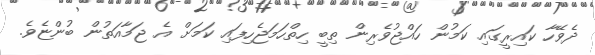
ދެވޭހާ ކައިރީގައި ކަމުން ހައްޖުވެރިން ތިބީ ހިތްހަމަޖެހިފައި ކަމަށް އެ ޖަމާއަތުން ބުންޏެވެ.